Lunatic asylums Central Provinces reports 1874-1885 - 1874-1885
Year: 1874
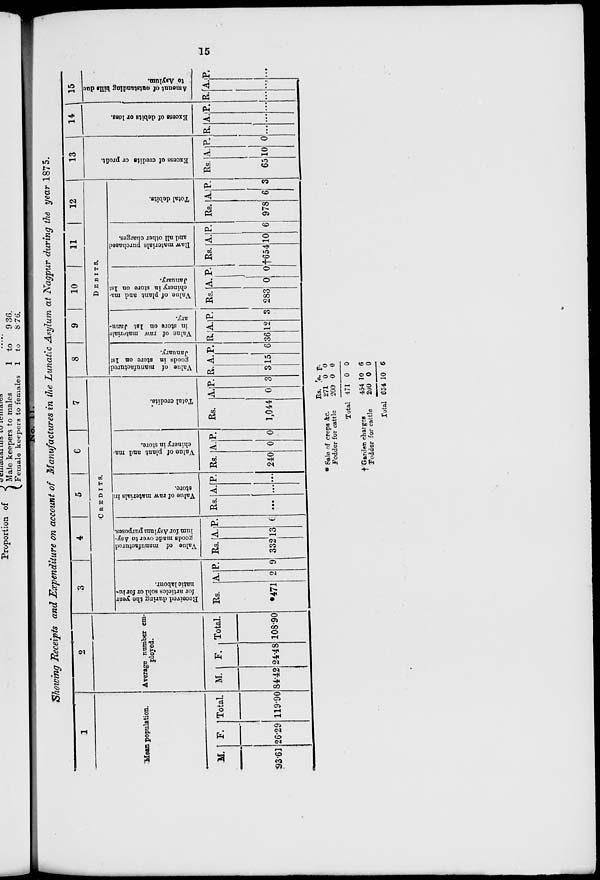
15
No. 11.
Showing Receipts and Expenditure on account of Manufactures in the Lunatic Asylum at Nagpur during the year 1875.
1
Mean population.
M.
93.61
F.
26.29
Total.
119.90
2
Average number em-
ployed.
M.
84.42
F.
24.48
Total.
108.90
3
4
5
6
7
CREDITS.
Received during the year
for articles
sold or for lu-
natic labour.
Rs.
*471
A.
2
P.
9
Value of manufactured
goods made over to Asy-
lum for Asylum purposes.
Rs.
332
A.
13
P.
6
Value of raw materials in
store.
Rs.
...
A.
...
P.
...
Value of plant and ma-
chinery in store.
Rs.
240
A.
0
P.
0
Total credits.
Rs.
1,044
A.
0
P.
3
8 9
10
11 12
DEBITS.
Value of manufactured
goods in store on 1st
January.
R.
3
A.
15
P.
6
Value of raw materials
in store on 1st Janu-
ary.
R.
36
A.
12
P.
3
Value of plant and ma-
chinery in store on 1st
January.
Rs.
283
A.
0
P.
0
Raw materials purchased
and all other charges.
Rs.
†654
A.
10
P.
6
Total debits.
Rs.
978
A.
6
P.
3
13
Excess of credits or profit.
Rs.
65
A.
10
P.
0
14
Excess of debits or loss.
R.
...
A.
...
P.
...
15
Amount of outstanding bills due
to Asylum.
R.
...
A.
...
P.
...
* Sale of crops &c.
Fodder for cattle
Total
† Garden charges
Fodder for cattle
Total
Rs.
271
200
471
454
200
654
a.
0
0
0
10
0
10
p.
0
0
0
6
0
6